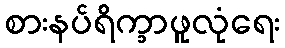
စားနပ်ရိက္ခာဖူလုံရေး